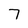
Character: 7